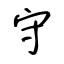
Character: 守